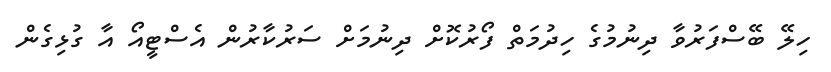
ހިލޭ ބޭސްފަރުވާ ދިނުމުގެ ހިދުމަތް ފޯރުކޮށް ދިނުމަށް ސަރުކާރުން އެސްޓީއޯ އާ ގުޅިގެން